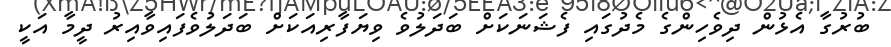
ބުރުގާ އެޅުން ދިވެހިންގެ މެދުގައި ފެޝަނަކަށް ބަދަލުވެ ވިޔަފާރިއަކަށް ބަދަލުވެފައިވާއިރު ދީމާ އަކީ